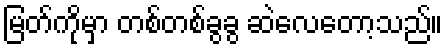
မြတ်ကိုမှာ တစ်တစ်ခွခွ ဆဲလေတော့သည်။